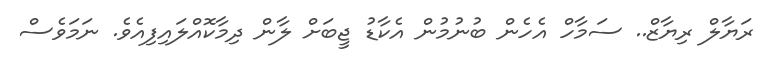
ރަޔާލް ރިޔާޒް.. ސަމާހް އެހެން ބުނުމުން އެކާޑު ޖީބަށް ލާން ދިމާކޮއްލައިފިއެވެ. ނަމަވެސް